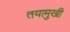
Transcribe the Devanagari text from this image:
तयामुखी